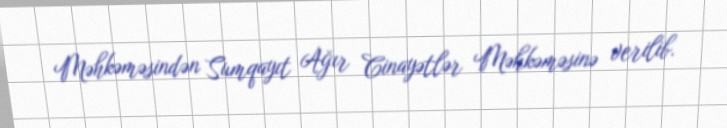
Məhkəməsindən Sumqayıt Ağır Cinayətlər Məhkəməsinə verilib.